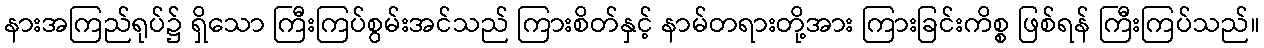
နားအကြည်ရုပ်၌ ရှိသော ကြီးကြပ်စွမ်းအင်သည် ကြားစိတ်နှင့် နာမ်တရားတို့အား ကြားခြင်းကိစ္စ ဖြစ်ရန် ကြီးကြပ်သည်။